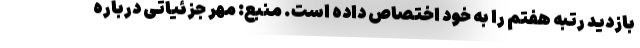
بازدید رتبه هفتم را به خود اختصاص داده است. منبع: مهر جزئیاتی درباره